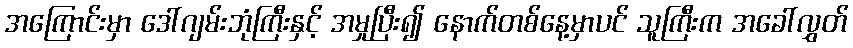
အကြောင်းမှာ ဒေါ်ဂျမ်းဘုံကြီးနှင့် အမှုပြီး၍ နောက်တစ်နေ့မှာပင် သူကြီးက အခေါ်လွှတ်